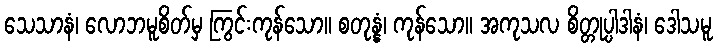
သေသာနံ၊ လောဘမူစိတ်မှ ကြွင်းကုန်သော။ စတုန္နံ၊ ကုန်သော။ အကုသလ စိတ္တုပ္ပါဒါနံ၊ ဒေါသမူ